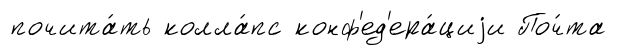
почита́ть колла́пс конф'ед'ера́циjи Поч́та